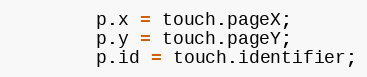
Language: JavaScript
		p.x = touch.pageX;
		p.y = touch.pageY;
		p.id = touch.identifier;